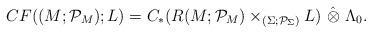
LaTeX: \begin{align*}CF((M;\mathcal P_M);L)=C_*(R(M;\mathcal P_M) \times_{(\Sigma;\mathcal P_{\Sigma})} L)\,\,\hat\otimes\,\,\Lambda_0.\end{align*}